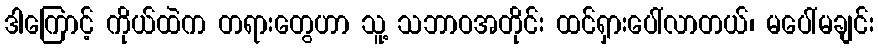
ဒါကြောင့် ကိုယ်ထဲက တရားတွေဟာ သူ့ သဘာဝအတိုင်း ထင်ရှားပေါ်လာတယ်၊ မပေါ်မချင်း